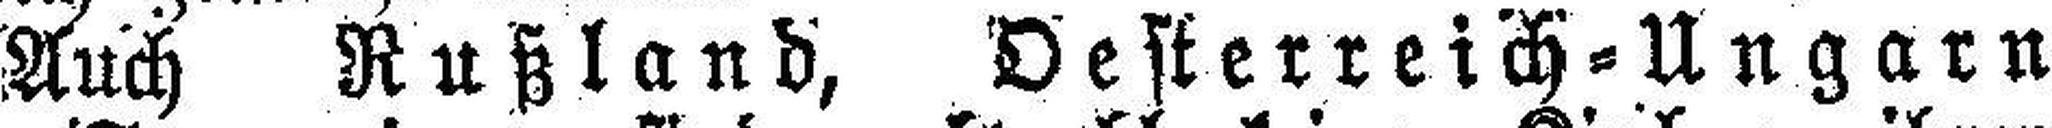
Auch Rußland, Oesterreich=Ungarn